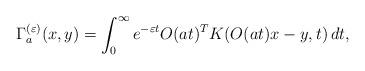
LaTeX: \begin{align*}\Gamma^{(\varepsilon)}_a(x,y)=\int_0^\infty e^{-\varepsilon t}O(at)^TK(O(at)x-y,t)\,dt,\end{align*}